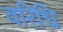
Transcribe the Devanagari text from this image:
वरिधि